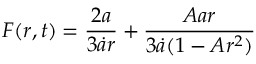
F ( r , t ) = \frac { 2 a } { 3 \dot { a } r } + \frac { A a r } { 3 \dot { a } ( 1 - A r ^ { 2 } ) }